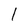
Character: 1